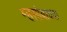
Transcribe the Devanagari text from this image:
म्हसोबाच्या